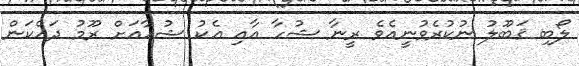
ލޯބި ޤަބޫލު ނުކުރެވުނީއެވެ ރީނާ ޝުހާ އާއި އެކު ޝުހާއަށް ރޫމު ދައްކަން